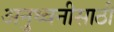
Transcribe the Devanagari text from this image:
अनुध्वनीसाठी